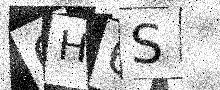
Text: 6H6S